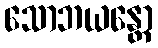
သောဘယန္တော